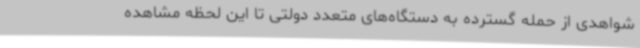
شواهدی از حمله گسترده به دستگاه‌های متعدد دولتی تا این لحظه مشاهده